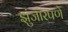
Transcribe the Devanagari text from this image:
झुंजारपणे